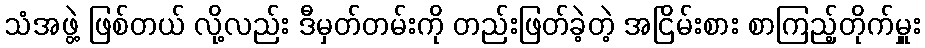
သံအဖွဲ့ ဖြစ်တယ် လို့လည်း ဒီမှတ်တမ်းကို တည်းဖြတ်ခဲ့တဲ့ အငြိမ်းစား စာကြည့်တိုက်မှူး